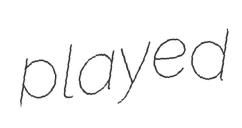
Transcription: played